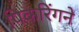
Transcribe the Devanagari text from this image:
पिकरिंगने